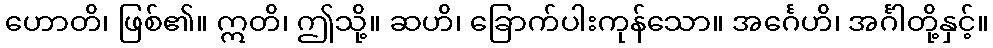
ဟောတိ၊ ဖြစ်၏။ ဣတိ၊ ဤသို့။ ဆဟိ၊ ခြောက်ပါးကုန်သော။ အင်္ဂေဟိ၊ အင်္ဂါတို့နှင့်။